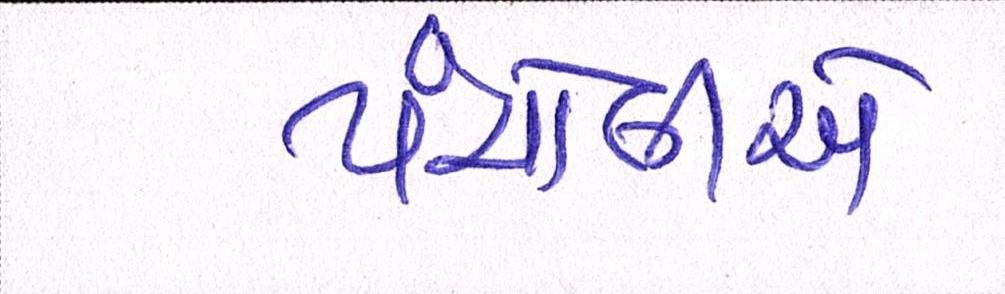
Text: પંચોલીએ